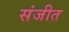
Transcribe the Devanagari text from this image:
संजीत